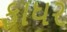
ફાધર